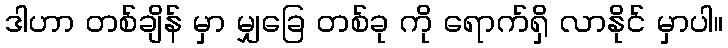
ဒါဟာ တစ်ချိန် မှာ မျှခြေ တစ်ခု ကို ရောက်ရှိ လာနိုင် မှာပါ။